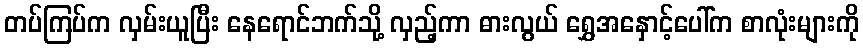
တပ်ကြပ်က လှမ်းယူပြီး နေရောင်ဘက်သို့ လှည့်ကာ ဓားလွယ် ရွှေအနှောင့်ပေါ်က စာလုံးများကို